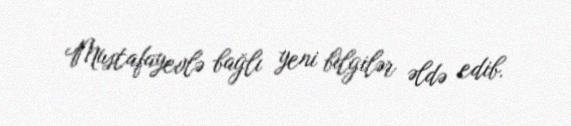
Mustafayevlə bağlı yeni bilgilər əldə edib.